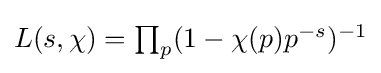
{\textstyle L(s,\chi )=\prod _{p}(1-\chi (p)p^{-s})^{-1}}